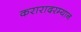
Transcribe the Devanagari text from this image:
करारादरम्यान